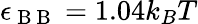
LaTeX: \epsilon_{\mathrm{~B~B~}}=1.04k_{B}T